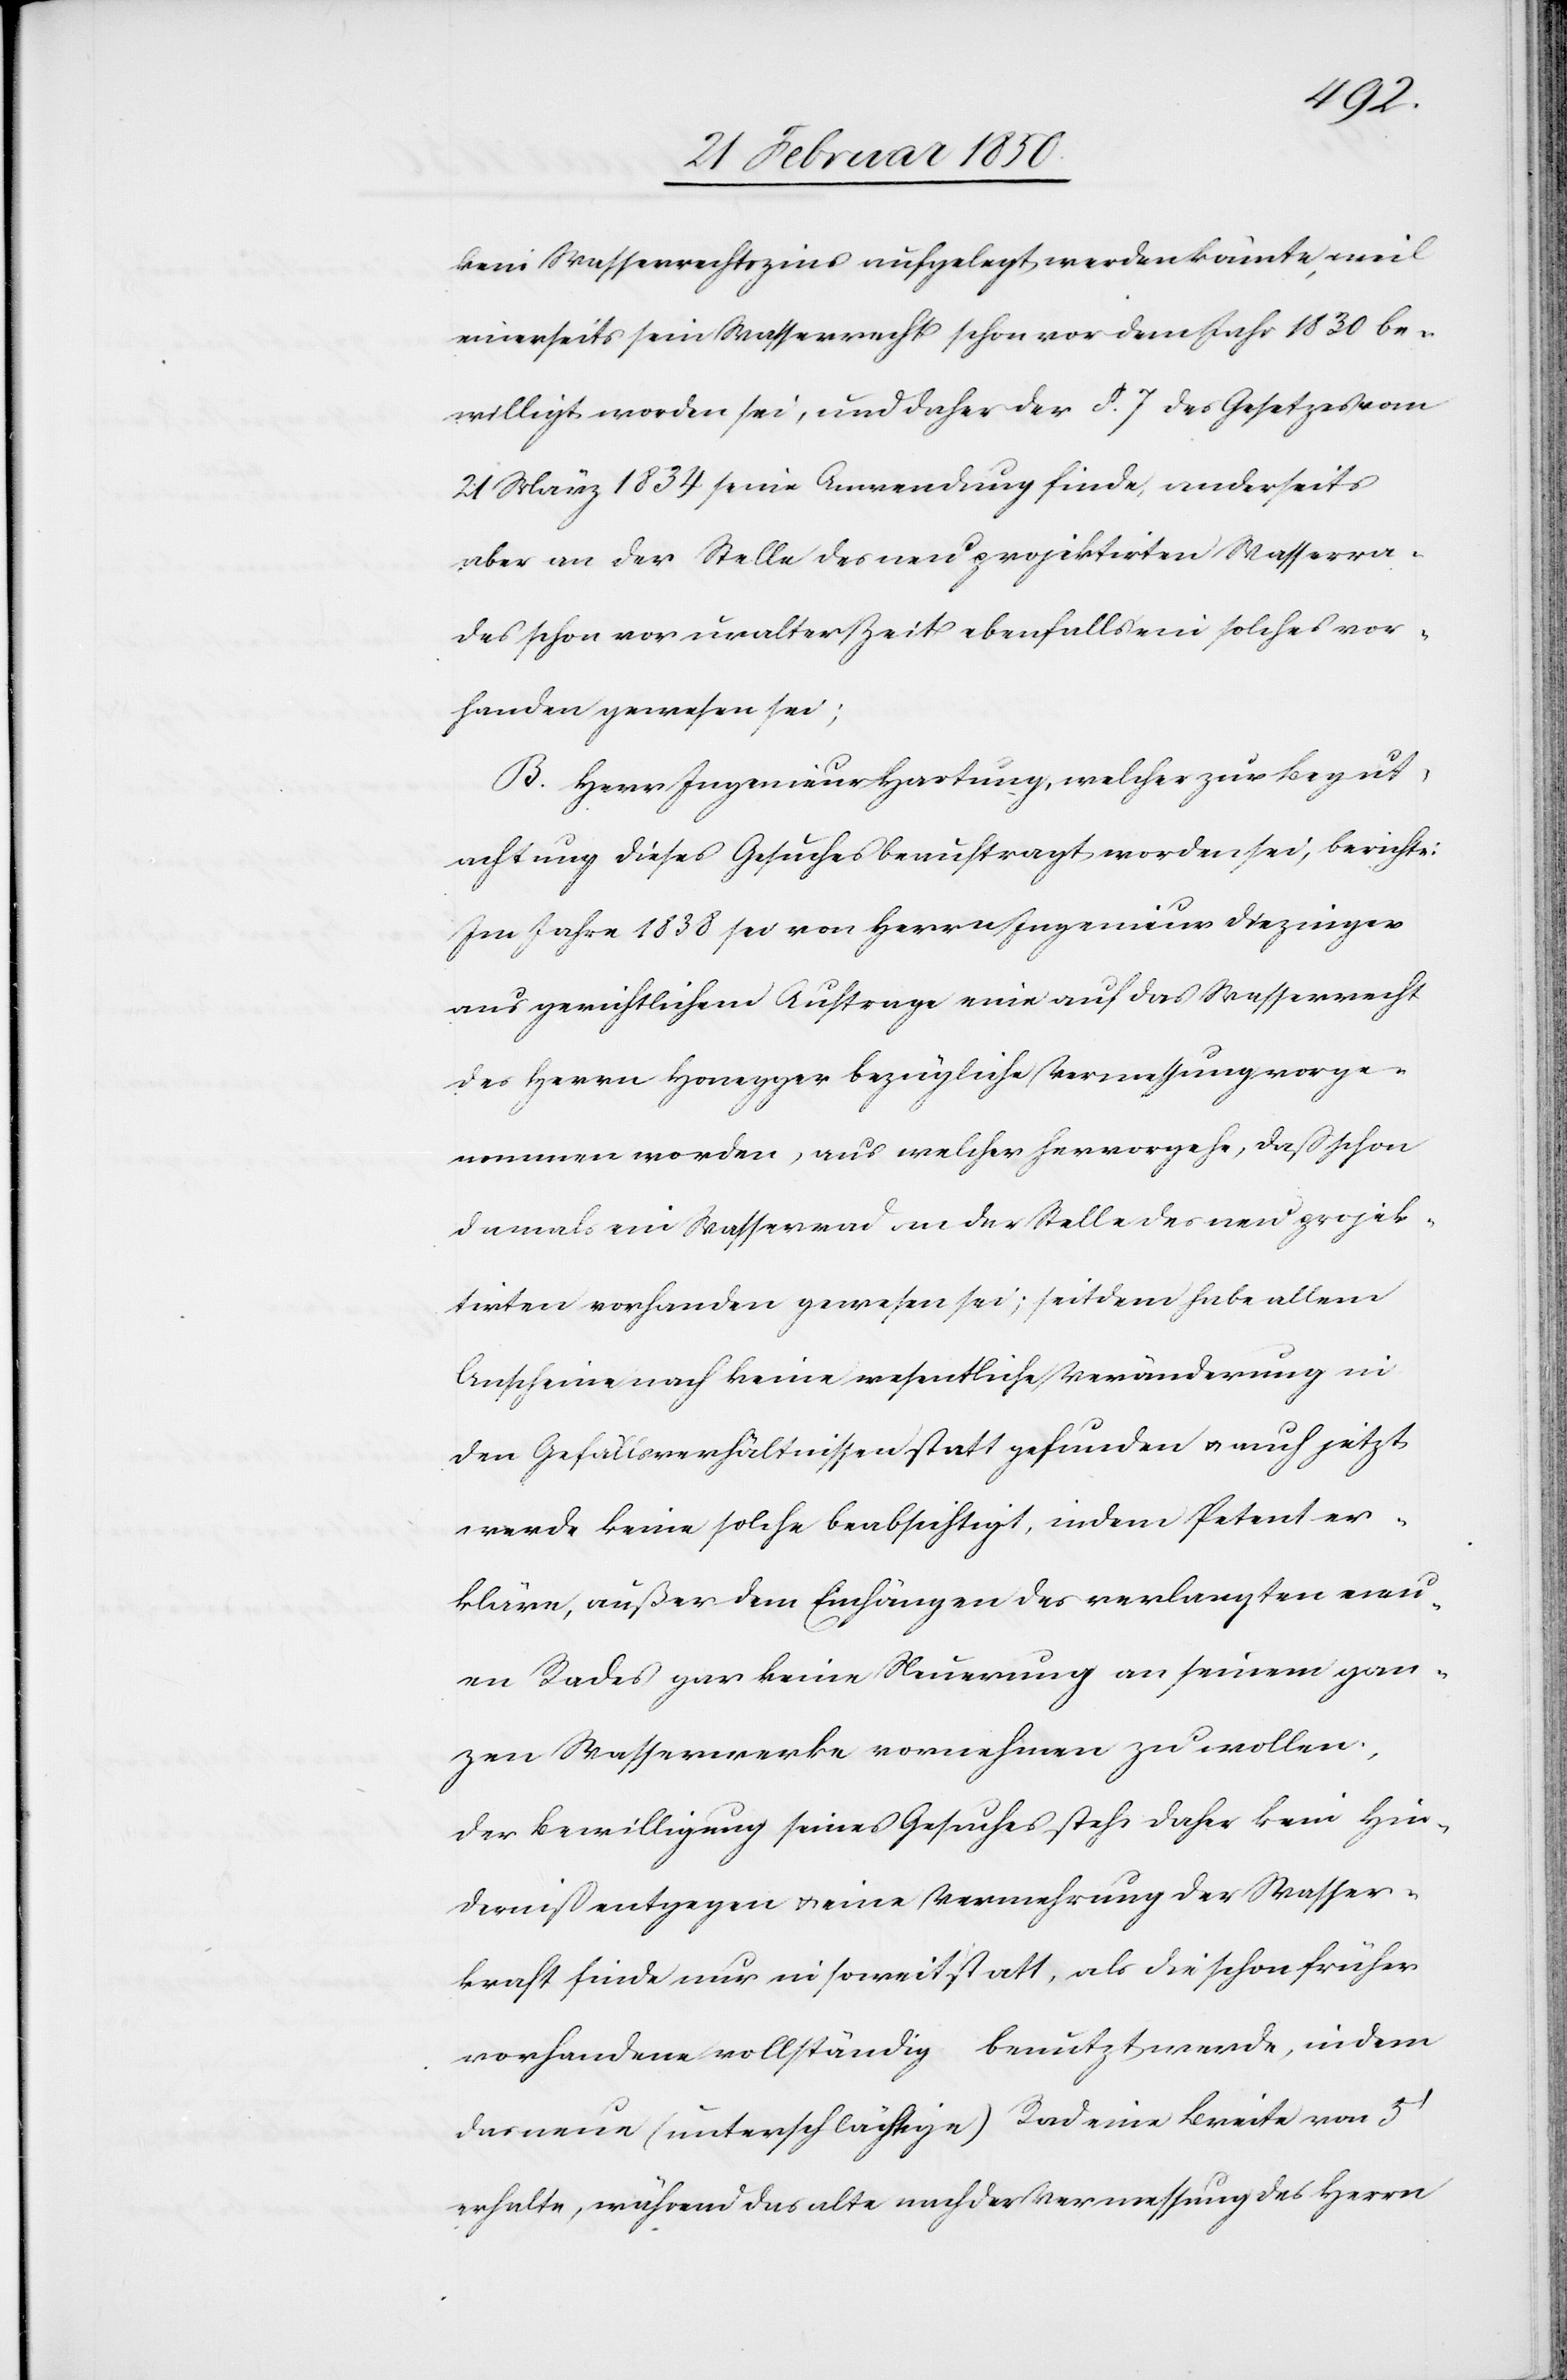
1834
kein Wasserrechtszins aufgelegt werden könnte, weil
einerseits sein Wasserrecht schon vor dem Jahr 1830 be¬
willigt worden sei, und daher der §. 7 des Gesetzes vom
aber an der Stelle des neu projektirten Wasserra¬
des schon vor uralter Zeit ebenfalls ein solches vor¬
handen gewesen sei;
B. Herr Ingenieur Hartung, welcher zur Begut¬
achtung dieses Gesuches beauftragt worden sei, berichte:
Im Jahre 1838 sei von Herrn Ingenieur Diezinger
aus gerichtlichem Auftrage eine auf das Wasserrecht
des Herrn Honegger bezügliche Vermessung vorge¬
nommen worden, aus welcher hervorgehe, daß schon
damals ein Wasserrad an der Stelle des neu projek¬
tirten vorhanden gewesen sei; seitdem habe allem
Anscheine nach keine wesentliche Veränderung in
den Gefällsverhältnissen statt gefunden u. auch jetzt
werde keine solche beabsichtigt, indem Petent er¬
kläre, außer dem Einhängen des verlangten neu¬
en Rades gar keine Neuerung an seinem gan¬
zen Wasserwerke vornehmen zu wollen;
der Bewilligung seines Gesuches stehe daher kein Hin¬
derniß entgegen u. eine Vermehrung der Wasser¬
kraft finde nur in soweit statt, als die schon früher
vorhandene vollständig benutzt werde, indem
das neue (unterschlächtige) Rad eine Breite von 5ʼ
erhalte, während das alte nach der Vermessung des Herrn